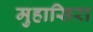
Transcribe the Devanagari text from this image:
मुहासिरा